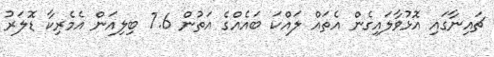
ޗައިނާގައި އޮޅުވާލައިގެން އެތައް ލައްކަ ބައެއްގެ އަތުން 7.6 ބިލިއަން އެމެރިކާ ޑޮލަރު